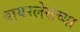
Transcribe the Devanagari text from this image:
वायरलेसच्या